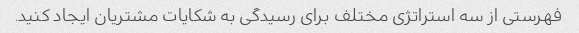
فهرستی از سه استراتژی مختلف برای رسیدگی به شکایات مشتریان ایجاد کنید.